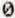
0